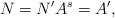
LaTeX: \begin{align*}N = N' A^s = A', \end{align*}